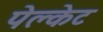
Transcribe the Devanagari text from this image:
पेक्लेट